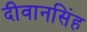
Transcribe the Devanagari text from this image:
दीवानसिंह